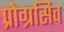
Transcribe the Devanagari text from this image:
प्रोग्रसिव